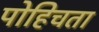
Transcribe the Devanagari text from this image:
पोहिचता